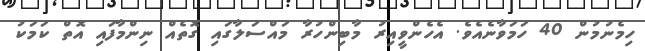
ހިމެނުމުން 40 ހަމަވާނެއެވެ. އެހެންވީއިރު މާބިންހުރާ މައްސަލާގައި ގޮތެއް ނިންމާފައި އޮތް ކަމަކު